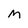
Character: M